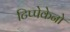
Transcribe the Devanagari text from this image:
टिप्पेकेनो